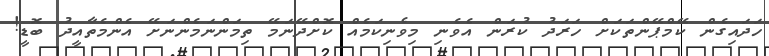
ހަދައިގެން ކޭމްޕޭންތަކަށް ހަރަދު ކުރަން އެވެނި މިވެނިކަމެއް ކޮށްދޭނަމޭ ތިމަންނަމެންނަށޭ އެންމެތާއީދު ބޮޑީ!